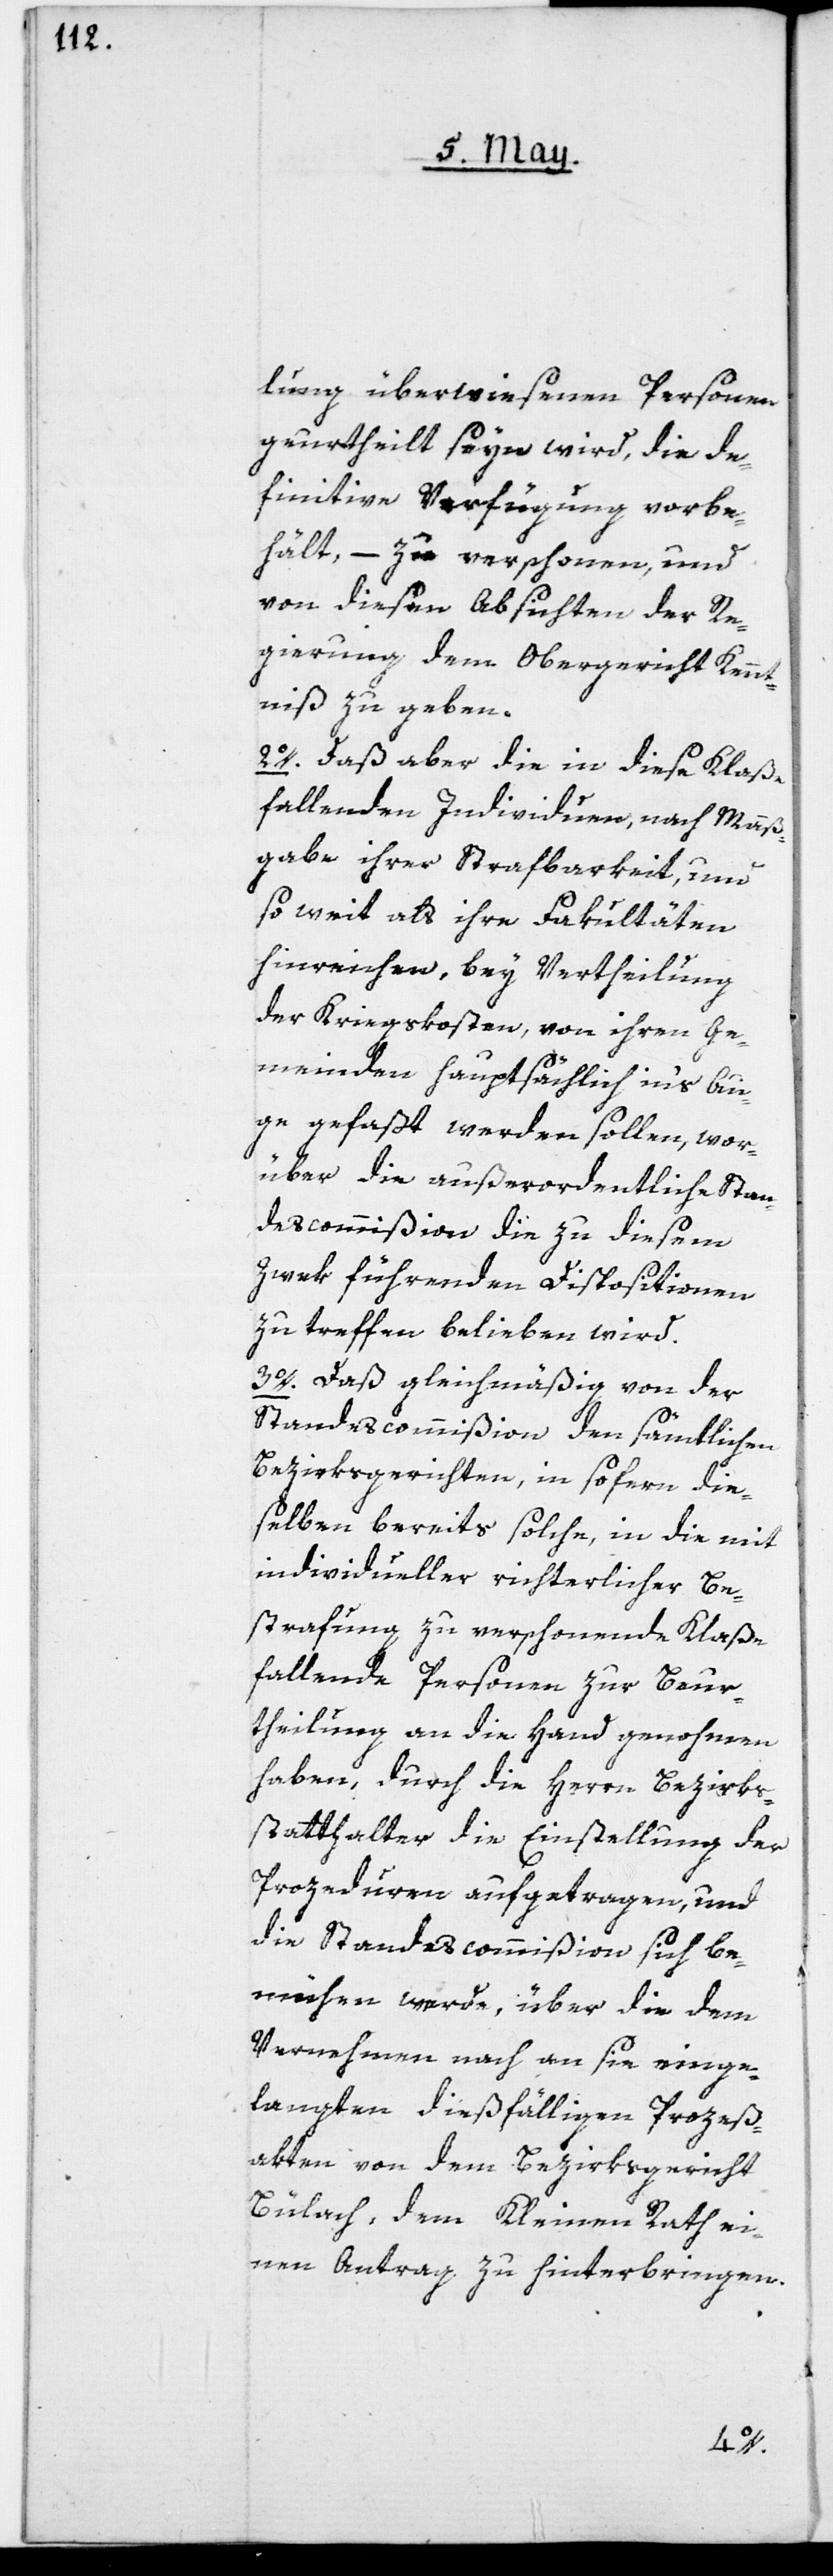
lung überwiesenen Personen
geurtheilt seyn wird, die de¬
finitive Verfügung vorbe¬
hält, – zu verschonen, und
von diesen Absichten der Re¬
gierung dem Obergericht Kennt¬
niß zu geben.
2o. Daß aber die in diese Klaße
fallenden Individuen, nach Maaß¬
gabe ihrer Strafbarkeit, und
so weit als ihre Fakultäten
hinreichen, bey Vertheilung
der Kriegskosten, von ihren Ge¬
meinden hauptsächlich in’s Au¬
ge gefaßt werden sollen, wor¬
über die außerordentliche Stan¬
descommißion die zu diesem
Zwek führenden Dispositionen
zu treffen belieben wird.
3o. Daß gleichmäßig von der
Standescommißion den sämtlichen
Bezirksgerichten, in sofern die¬
selben bereits solche, in die mit
individueller richterlicher Be¬
strafung zu verschonende Klaße
fallende Personen zur Beur¬
theilung an die Hand genommen
haben, durch die Herrn Bezirks¬
statthalter die Einstellung der
Prozeduren aufgetragen, und
die Standescommißion sich be¬
mühen werde, über die dem
Vernehmen nach an sie einge¬
langten dießfälligen Prozeß¬
akten von dem Bezirksgericht
Bülach, dem Kleinen Rath ei¬
nen Antrag zu hinterbringen.